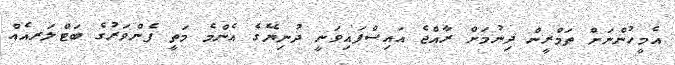
އެމީހުންނަށް ތަމްރީން ދިނުމަށް ރާއްޖެ އައިސްފައިވަނީ ދުނިޔޭގެ އެންމެ މަތީ ފެންވަރުގެ ބަޓްލަރއެއް